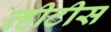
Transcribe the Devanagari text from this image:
व्हीटीस